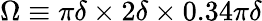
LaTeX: \Omega\equiv\pi\delta\times 2\delta\times 0.34\pi\delta